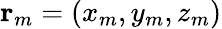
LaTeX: \mathbf{r}_{m}=(x_{m},y_{m},z_{m})